Scottish Leaving Certificate Examination, 1955
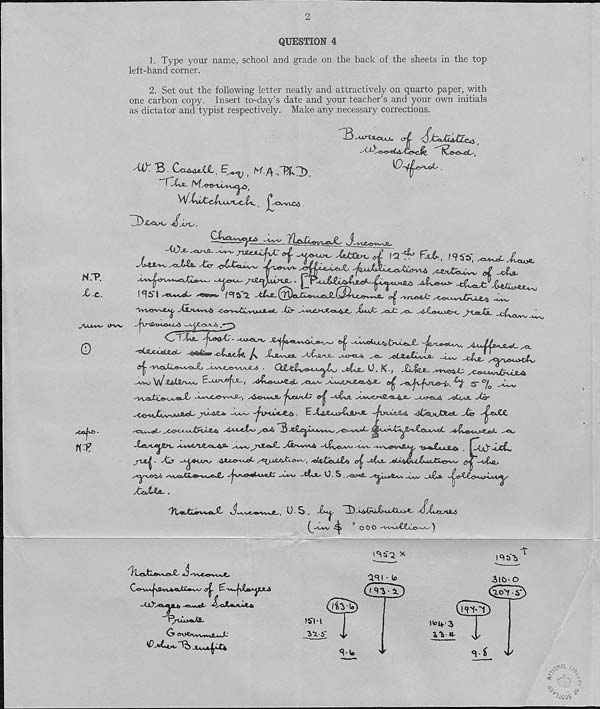
2
QUESTION 4
1. Type your name, school and grade on the back of the sheets in the top
left-hand corner.
2. Set out the following letter neatly and attractively on quarto paper, with
one carbon copy. Insert to-day’s date and your teacher’s and your own initials
as dictator and typist respectively. Make any necessary corrections.
Ca^ut,
3
&&
JcqXl&Clc^ '
'-0'-VLC<J
H.T.
X -c.
Ow&v^ej^
-ijo-
XsA^fc ^at/T ^CS, ^sXfiMjuief-t, ^Vf *. la
JUJSV** 4>W
^qXO--a-A .**3
Crirp^-^
^
-l^^.
/t Xji^a.
^ ^dJuI^SL.
^etn^xX^
^0. K.,
^jsiXjue^A^t-^’ XkA-oo-vvv^, >d«-iA«_a^ 'j\j&si£s
-aJUjl
JUL&U*
. E
•MjruUA.4, Mj8ihJ3Lic&-- Ms
^-e£iS|A*JWv^/0~wei. ^A^£^S«XtX^^«C
Jks**/*K& -'i^/©LA/w --^VK-
^ ^ _ |• > CAI" “^cCw
^$4^a£a
&€”-4?i*Q_?
0
• /<X
<Cajt&-
n?
US),
^ ^ o o o -at^XCaIo-'^' ^
X
4^-
Co-vi>«^ftvcv«Ui^vA^ o^. &-i+vjJhj^yjLA
i^UAXa^i-
. - JC
nsT'b^
asi •
IS-i-l
IW-t#
(VI l
iVS
»
3iC5- o
fc.o-'f.S
,te 4'3
13 4-
r
<1 ^
A# f ' 1 %
^oos